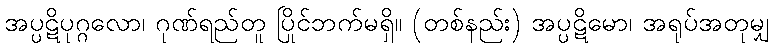
အပ္ပဋိပုဂ္ဂလော၊ ဂုဏ်ရည်တူ ပြိုင်ဘက်မရှိ။ (တစ်နည်း) အပ္ပဋိမော၊ အရုပ်အတုမျှ